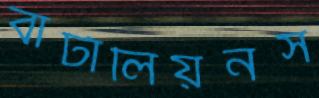
বাটালিয়নস